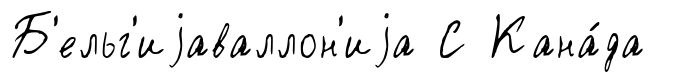
Б'ельг'иjаваллон'иjа С Кана́да